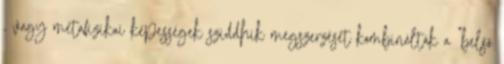
, vagy metafizikai képességek sziddhik megszerzését kombinálták a "belső